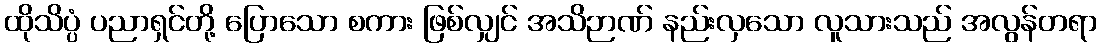
ထိုသိပ္ပံ ပညာရှင်တို့ ပြောသော စကား ဖြစ်လျှင် အသိဉာဏ် နည်းလှသော လူသားသည် အလွန်တရာ